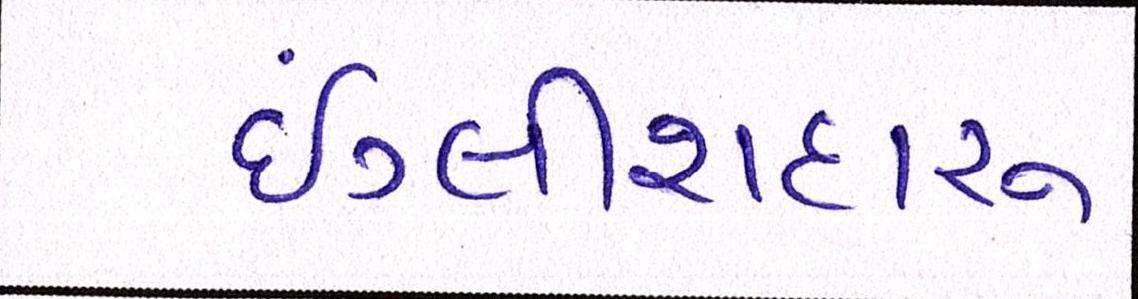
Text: ઇંગ્લીશદારૂ